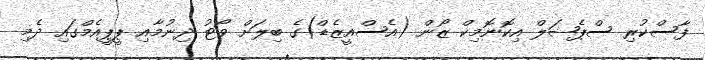
ފާސްކުރި ސްޕެޝަލް އިކޮނޮމިކް ޒޯން (އެސްއީޒެޑް)ގެ ބިލަށް ވޯޓު ދިނުމާއި ޕީޕީއެމްގައި ދެމި